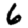
Digit: 6